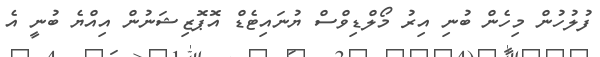
ފުލުހުން މިހެން ބުނި އިރު މޯލްޑިވްސް ޔުނައިޓެޑް އޮޕޮޒިޝަނުން އިއްޔެ ބުނީ އެ